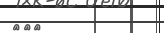
١١٣